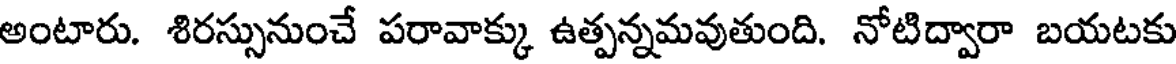
అంటారు. శిరస్సునుంచే పరావాక్కు ఉత్పన్నమవుతుంది. నోటిద్వారా బయటకు